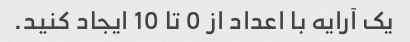
یک آرایه با اعداد از 0 تا 10 ایجاد کنید.